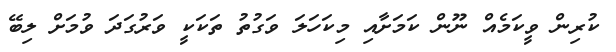
ކުރިން ވީކަމެއް ނޫން ކަމަށާއި މިކަހަލަ ވަގުތު ތަކަކީ ވަރުގަދަ ވުމަށް ލިބޭ